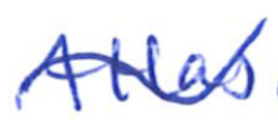
Text: Atlas
Cross-out: wave
Writing tool: ballpoint